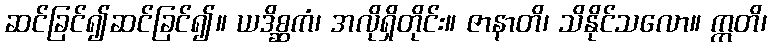
ဆင်ခြင်၍ဆင်ခြင်၍။ ယဒိစ္ဆကံ၊ အလိုရှိတိုင်း။ ဇာနာတိ၊ သိနိုင်သလော။ ဣတိ၊